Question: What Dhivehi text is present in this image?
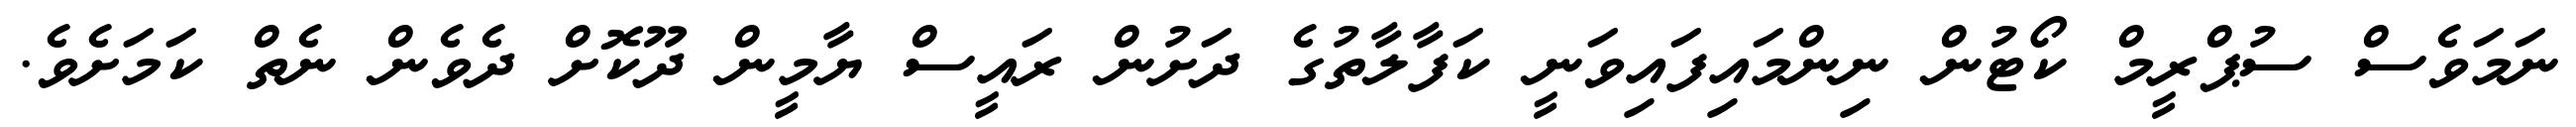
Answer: ނަމަވެސް ސުޕްރީމް ކޯޓުން ނިންމައިފައިވަނީ ކަފާލާތުގެ ދަށުން ރައީސް ޔާމީން ދޫކޮށް ދެވެން ނެތް ކަމަށެވެ.